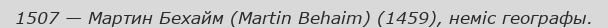
1507 — Мартин Бехайм (Martin Behaim) (1459), неміс географы.